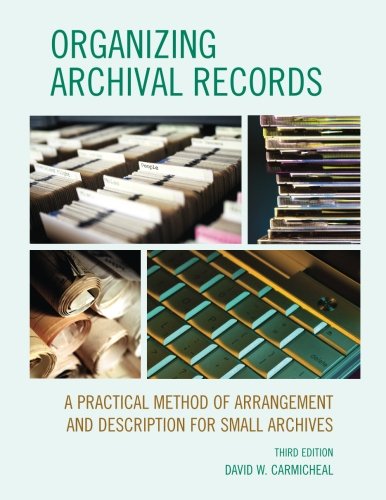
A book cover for Organizing Archival Records: A Practical Method of Arrangement and Description for Small Archives (American Association for State and Local History); David W. Carmicheal; Business & Money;